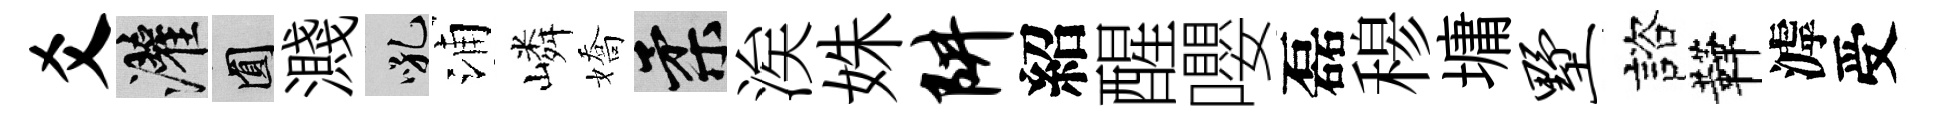
爻灌圓濺吼浦嶙嬌柔涘姝阱紹醒嚶磊𥠇墉墅諮鞾滹受